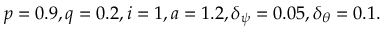
p = 0 . 9 , q = 0 . 2 , i = 1 , a = 1 . 2 , \delta _ { \psi } = 0 . 0 5 , \delta _ { \theta } = 0 . 1 .